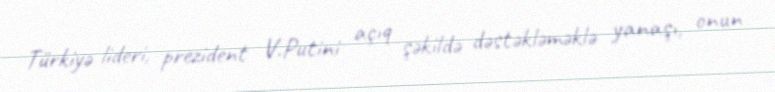
Türkiyə lideri, prezident V.Putini açıq şəkildə dəstəkləməklə yanaşı, onun